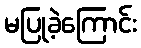
မပြုခဲ့ကြောင်း